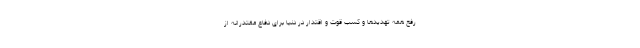
رفع همه تهدیدها و کسب قوت و اقتدار در دنیا برای دفاع مقتدرانه از